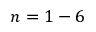
n = 1 - 6